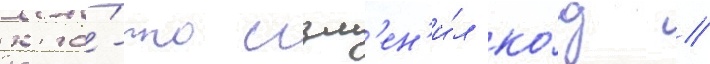
кто́-то изм'ен'и́л ко́д //